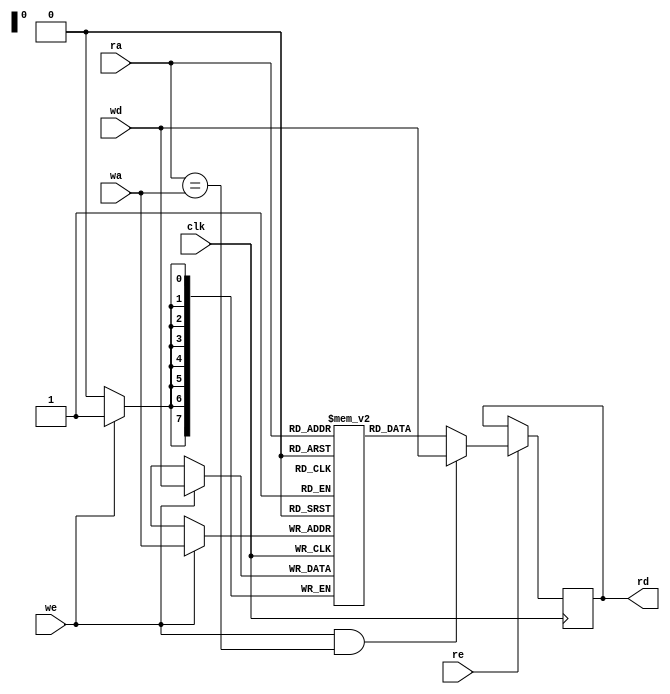
// expect-wr-ports 1
// expect-rd-ports 1
// expect-rd-clk \clk
// expect-rd-en \re

module top(input clk, we, re, input [7:0] ra, wa, wd, output reg [7:0] rd);

reg [7:0] mem[0:255];

always @(posedge clk) begin
	if (we)
		mem[wa] <= wd;

	if (re) begin
		rd <= mem[ra];
		if (we && ra == wa)
			rd <= wd;
	end
end

endmodule